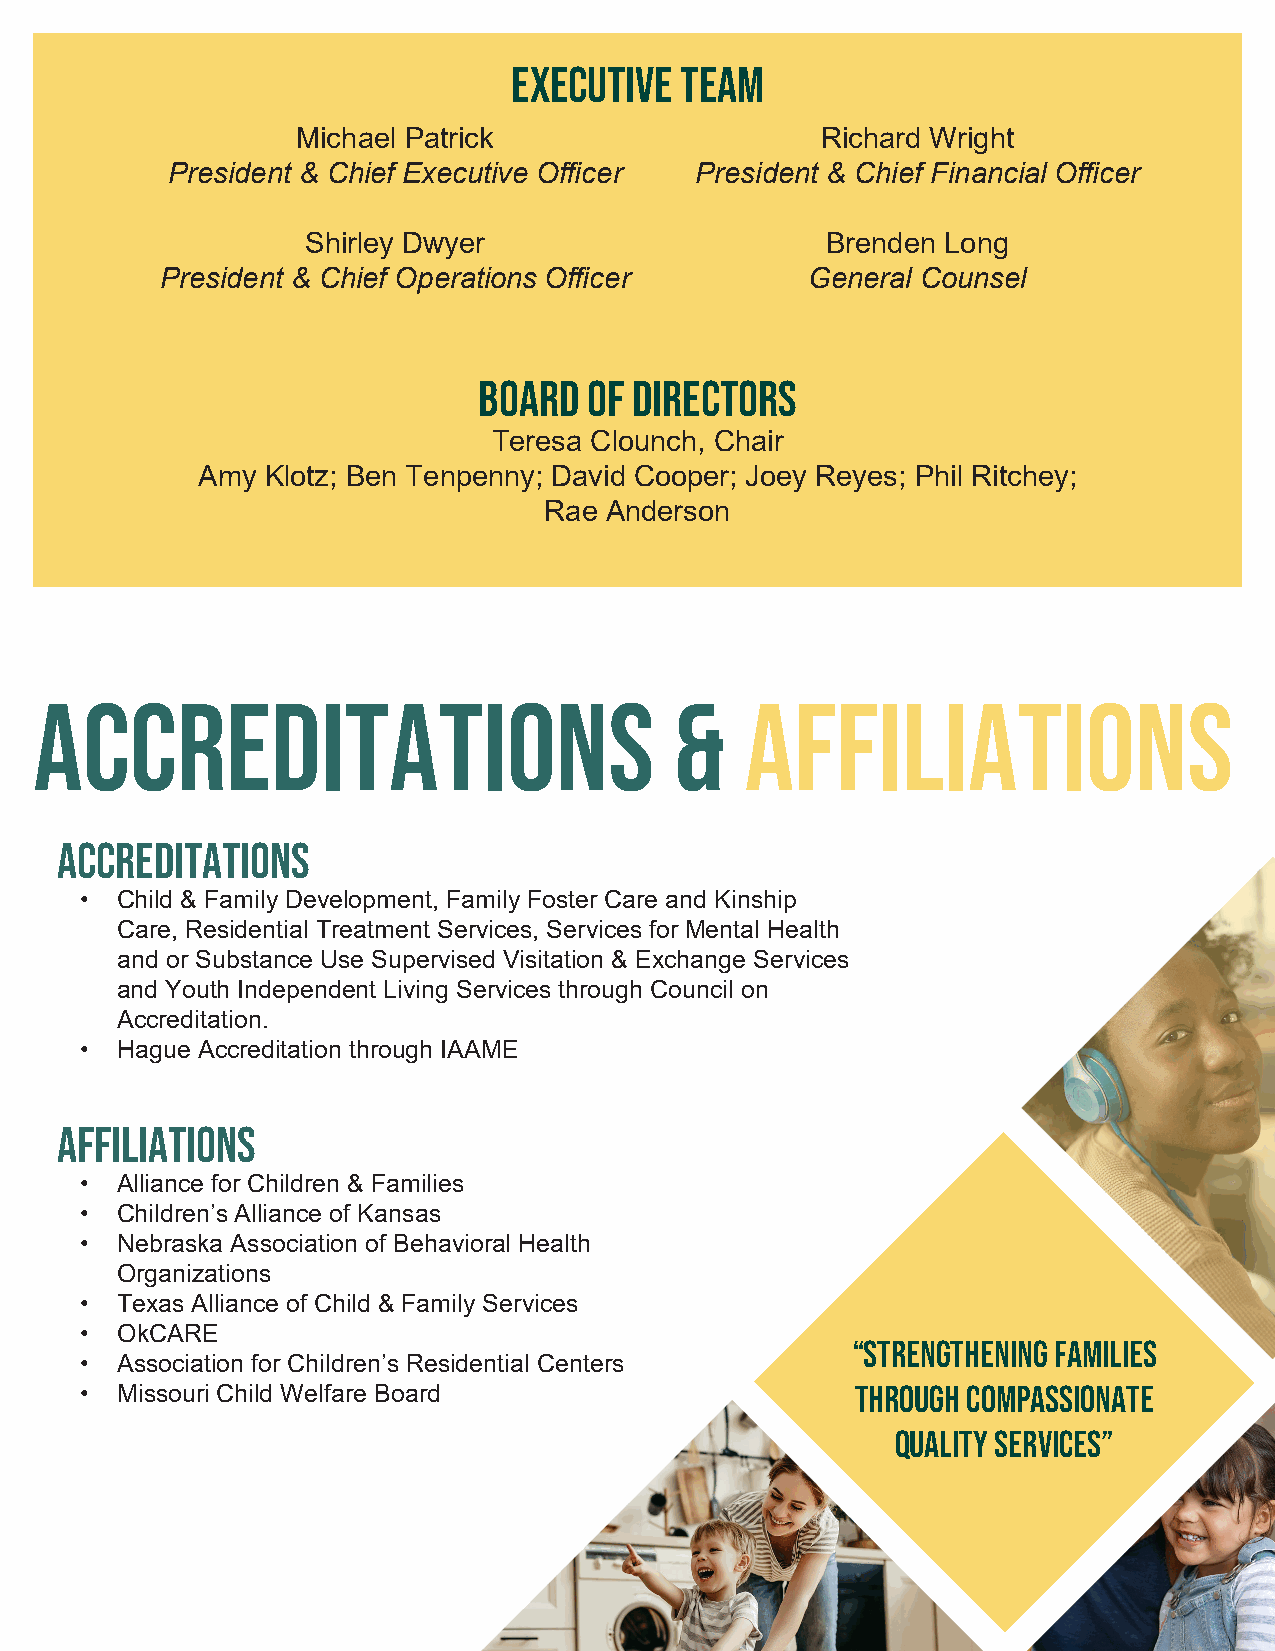
Executive  team
 Michael Patrick                   Richard Wright
 President & Chief Executive Officer President & Chief Financial Officer
 Shirley Dwyer                      Brenden Long
 President & Chief Operations Officer      General Counsel
 Board  of Directors
 Teresa Clounch, Chair
 Amy  Klotz; Ben Tenpenny; David Cooper; Joey Reyes; Phil Ritchey;
 Rae Anderson
 accrediTations                             &   Affiliations
 Accreditations
 •  Child & Family Development, Family Foster Care and Kinship
 Care, Residential Treatment Services, Services for Mental Health
 and or Substance Use Supervised Visitation & Exchange Services
 and Youth Independent Living Services through Council on
 Accreditation.
 •  Hague Accreditation through IAAME
 affiliations
 •  Alliance for Children & Families
 •  Children’s Alliance of Kansas
 •  Nebraska Association of Behavioral Health
 Organizations
 •  Texas Alliance of Child & Family Services
 •  OkCARE
 “Strengthening families
 •  Association for Children’s Residential Centers
 •  Missouri Child Welfare Board                     through compassionate
 quality services”